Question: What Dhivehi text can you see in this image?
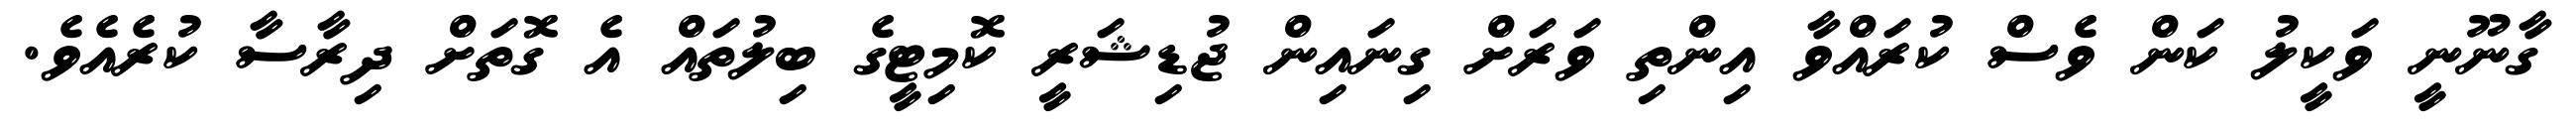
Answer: ގާނޫނީ ވަކީލު ކަން ވެސް ކުރައްވާ އިންތި ވަރަށް ގިނައިން ޖުޑިޝަރީ ކޮމިޓީގެ ބިލުތައް އެ ގޮތަށް ދިރާސާ ކުރެއެވެ.